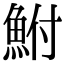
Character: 鮒